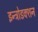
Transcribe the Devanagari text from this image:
इन्ट्रोडक्शन